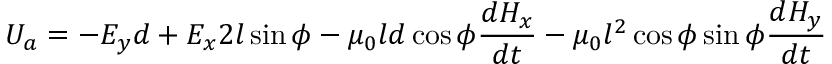
U _ { a } = - E _ { y } d + E _ { x } 2 l \sin { \phi } - \mu _ { 0 } l d \cos { \phi } \frac { d H _ { x } } { d t } - \mu _ { 0 } l ^ { 2 } \cos { \phi } \sin { \phi } \frac { d H _ { y } } { d t }